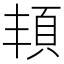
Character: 𩑚